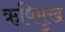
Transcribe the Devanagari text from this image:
ऋषिमुख